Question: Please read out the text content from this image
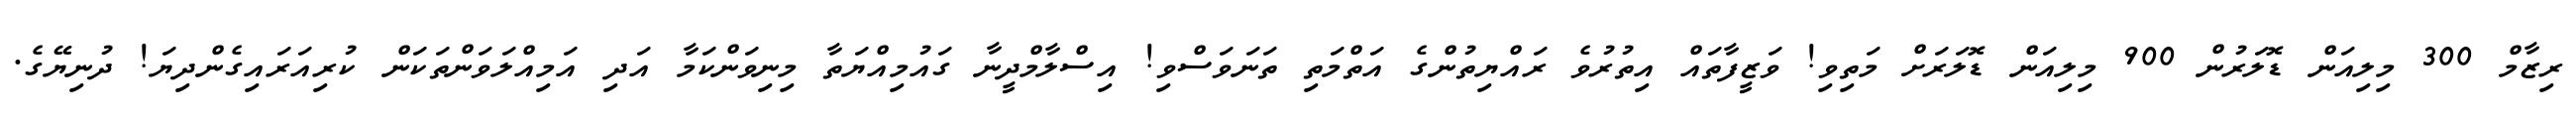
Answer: ރިޒާމް 300 މިލިއަން ޑޮލަރުން 900 މިލިއަން ޑޮލަރަށް މަތިވި! ވަޒީފާތައް އިތުރުވެ ރައްޔިތުންގެ އަތްމަތި ތަނަވަސްވި! އިސްލާމްދީނާ ގައުމިއްޔަތާ މިނިވަންކަމާ އަދި އަމިއްލަވަންތަކަން ކުރިއަރައިގެންދިޔަ! ދުނިޔޭގެ.